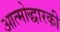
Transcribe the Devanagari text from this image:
आत्मोद्धारकी